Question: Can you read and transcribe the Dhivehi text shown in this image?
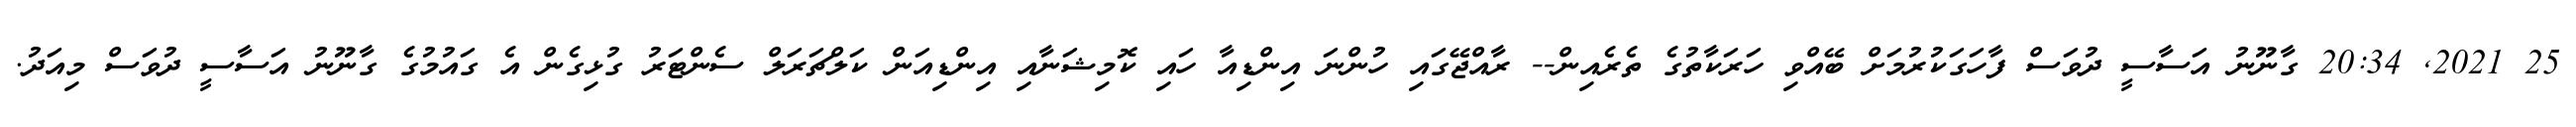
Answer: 25 2021, 20:34 ގާނޫނު އަސާސީ ދުވަސް ފާހަގަކުރުމަށް ބޭއްވި ހަރަކާތުގެ ތެރެއިން-- ރާއްޖޭގައި ހުންނަ އިންޑިއާ ހައި ކޮމިޝަނާއި އިންޑިއަން ކަލްޗަރަލް ސެންޓަރު ގުޅިގެން އެ ގައުމުގެ ގާނޫނު އަސާސީ ދުވަސް މިއަދު.